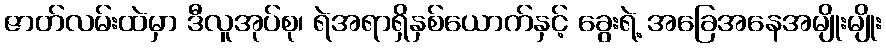
ဇာတ်လမ်းထဲမှာ ဒီလူအုပ်စု၊ ရဲအရာရှိနှစ်ယောက်နှင့် ခွေးရဲ့ အခြေအနေအမျိုးမျိုး